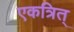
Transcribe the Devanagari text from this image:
एकत्रित्